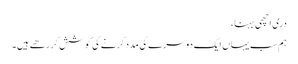
دری اچھی بہنا،
ہم سب یہاں ایک دوسرے کی مدد کرنے کی کوشش کر رھے ہیں۔